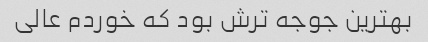
بهترین جوجه ترش بود که خوردم عالی